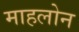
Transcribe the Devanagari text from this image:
माहलोन